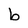
Character: b